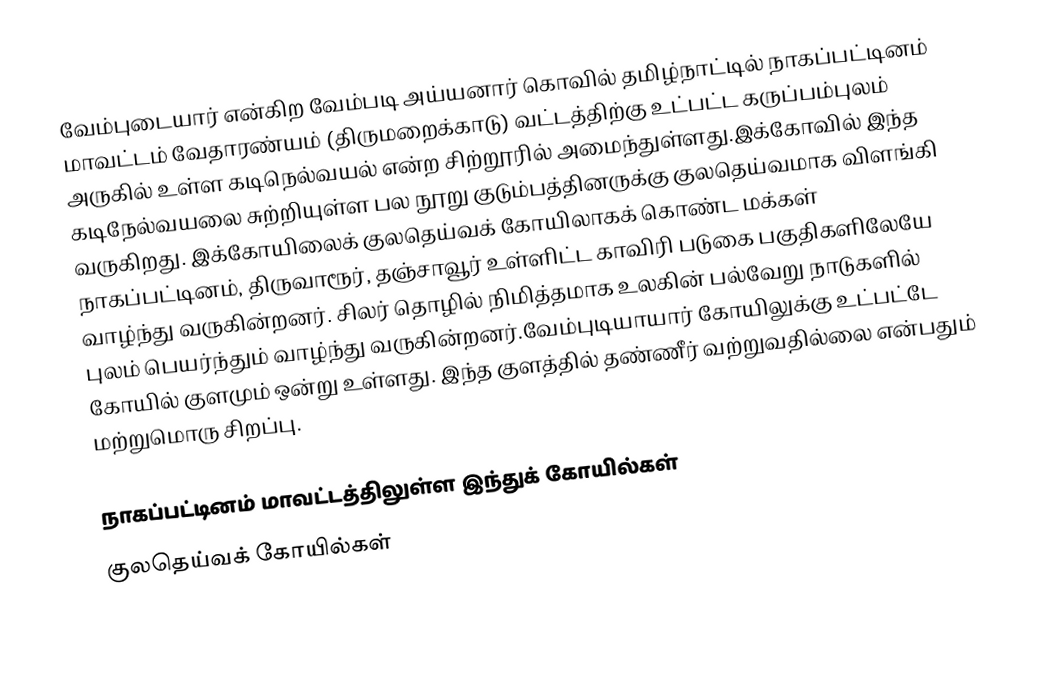
வேம்புடையார் என்கிற வேம்படி அய்யனார் கொவில் தமிழ்நாட்டில் நாகப்பட்டினம் மாவட்டம் வேதாரண்யம் (திருமறைக்காடு) வட்டத்திற்கு உட்பட்ட கருப்பம்புலம் அருகில் உள்ள கடிநெல்வயல் என்ற சிற்றூரில் அமைந்துள்ளது.இக்கோவில் இந்த கடிநேல்வயலை சுற்றியுள்ள பல நூறு குடும்பத்தினருக்கு குலதெய்வமாக விளங்கி வருகிறது. இக்கோயிலைக் குலதெய்வக் கோயிலாகக் கொண்ட மக்கள் நாகப்பட்டினம், திருவாரூர், தஞ்சாவூர் உள்ளிட்ட காவிரி படுகை பகுதிகளிலேயே வாழ்ந்து வருகின்றனர். சிலர் தொழில் நிமித்தமாக உலகின் பல்வேறு நாடுகளில் புலம் பெயர்ந்தும் வாழ்ந்து வருகின்றனர்.வேம்புடியாயார் கோயிலுக்கு உட்பட்டே கோயில் குளமும் ஒன்று உள்ளது. இந்த குளத்தில் தண்ணீர் வற்றுவதில்லை என்பதும் மற்றுமொரு சிறப்பு.

நாகப்பட்டினம் மாவட்டத்திலுள்ள இந்துக் கோயில்கள்
குலதெய்வக் கோயில்கள்